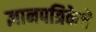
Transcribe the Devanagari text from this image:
ज्ञानपत्रिकेचे